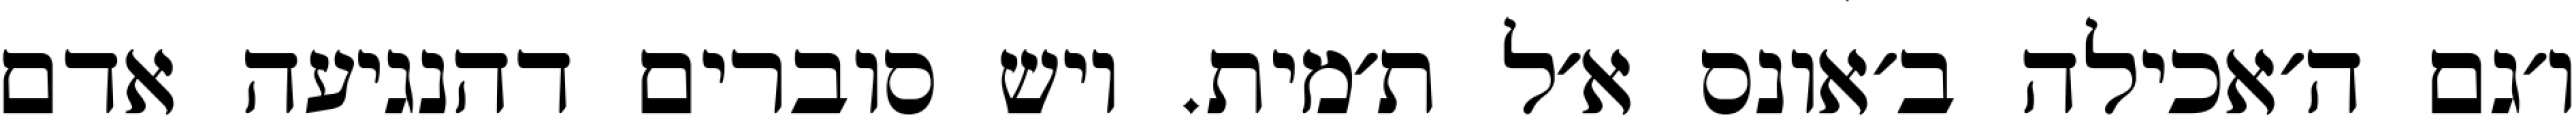
ו׳גם ה׳אכילה ב׳אונס א׳ל ת׳מית. ויש סוברים דהנגיעה אדם